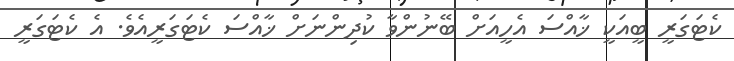
ކެޓަގަރީ ބީއަކީ ޚާއްސަ އެހީއަށް ބޭނުންވާ ކުދިންނަށް ޚާއްސަ ކެޓަގަރީއެވެ. އެ ކެޓަގަރީ